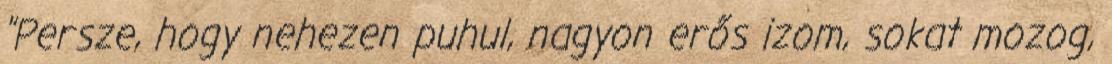
"Persze, hogy nehezen puhul, nagyon erős izom, sokat mozog,